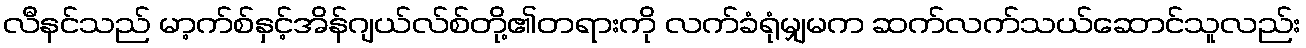
လီနင်သည် မာ့က်စ်နှင့်အိန်ဂျယ်လ်စ်တို့၏တရားကို လက်ခံရုံမျှမက ဆက်လက်သယ်ဆောင်သူလည်း